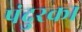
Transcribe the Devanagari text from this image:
पंदुरका